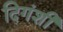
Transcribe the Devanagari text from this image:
दिगंशी